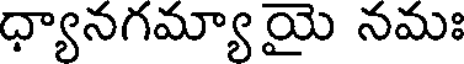
ధ్యానగమ్యా యై నమః